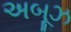
અબૂઝ